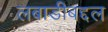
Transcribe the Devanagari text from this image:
लबाडीबद्दल